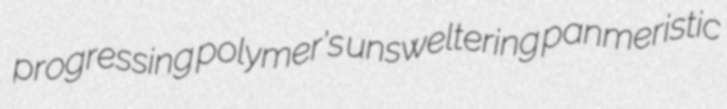
progressing polymer's unsweltering panmeristic